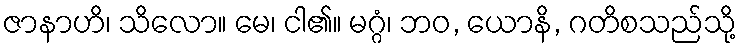
ဇာနာဟိ၊ သိလော။ မေ၊ ငါ၏။ မဂ္ဂံ၊ ဘဝ, ယောနိ, ဂတိစသည်သို့